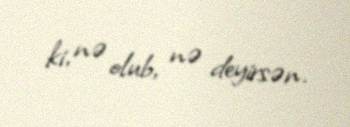
ki, nə olub, nə deyirsən.